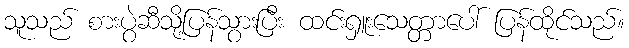
သူသည် စားပွဲဆီသို့ပြန်သွားပြီး ထင်းရှူးသေတ္တာပေါ် ပြန်ထိုင်သည်။